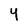
Character: Y